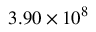
3 . 9 0 \times 1 0 ^ { 8 }